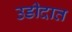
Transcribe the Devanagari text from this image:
उडीदात